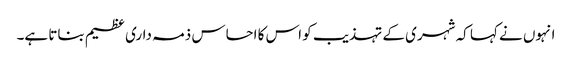
انہوں نے کہا کہ شہری کے تہذیب کو اس کا احساس ذمہ داری عظیم بناتا ہے۔